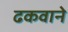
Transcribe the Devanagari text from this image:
ढकवाने